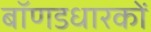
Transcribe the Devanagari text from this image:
बॉणडधारकों